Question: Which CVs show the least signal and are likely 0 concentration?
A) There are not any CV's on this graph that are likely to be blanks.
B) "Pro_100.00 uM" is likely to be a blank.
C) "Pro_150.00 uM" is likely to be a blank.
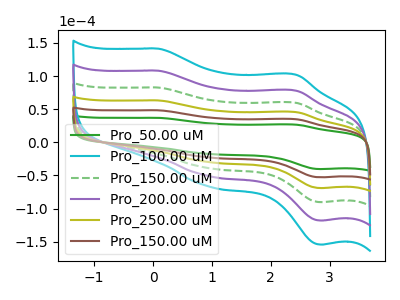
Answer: <think>The green curve "Pro_50.00 uM" has anodic peaks at (0.10V, 36.95uA) (2.45V, 26.65uA) and cathodic peaks at (0.95V, -17.45uA) (2.85V, -40.35uA). The cyan curve "Pro_100.00 uM" has anodic peaks at (0.10V, 241.65uA) (2.45V, 174.25uA) and cathodic peaks at (0.95V, -114.15uA) (2.85V, -263.75uA). The green dashed curve "Pro_150.00 uM" has anodic peaks at (0.10V, 145.00uA) (2.45V, 104.55uA) and cathodic peaks at (0.95V, -68.50uA) (2.85V, -158.25uA). The purple curve "Pro_200.00 uM" has anodic peaks at (0.10V, 193.35uA) (2.45V, 139.40uA) and cathodic peaks at (0.95V, -91.30uA) (2.85V, -211.00uA). The olive curve "Pro_250.00 uM" has anodic peaks at (0.10V, 96.65uA) (2.45V, 69.70uA) and cathodic peaks at (0.95V, -45.65uA) (2.85V, -105.50uA). The brown curve "Pro_150.00 uM" has anodic peaks at (0.10V, 48.35uA) (2.45V, 34.85uA) and cathodic peaks at (0.95V, -22.85uA) (2.85V, -52.75uA).</think>
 <answer>A) There are not any CV's on this graph that are likely to be blanks.</answer>
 <eval>A</eval>